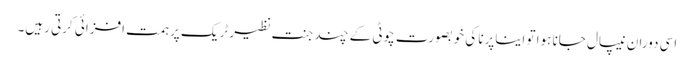
اسی دوران نیپال جانا ہوا تو ایناپرنا کی خوبصورت چوٹی کے چند جنت نظیر ٹریک پر ہمت افزائی کرتی رہیں۔